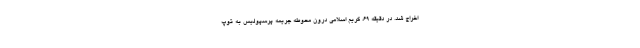
اخراج شد. در دقیقه ۶۹، کریم اسلامی درون محوطه جریمه پرسپولیس به توپ